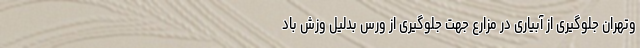
وتهران جلوگیری از آبیاری در مزارع جهت جلوگیری از ورس بدلیل وزش باد